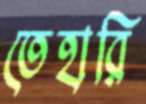
তেহারি